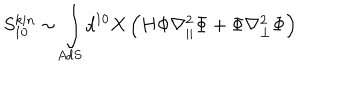
LaTeX: S _ { 1 0 } ^ { k i n } \sim \int _ { A d S } d ^ { 1 0 } X \left( H \Phi \nabla _ { | | } ^ { 2 } \Phi + \Phi \nabla _ { \perp } ^ { 2 } \Phi \right)